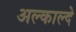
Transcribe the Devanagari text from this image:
अल्काल्दे